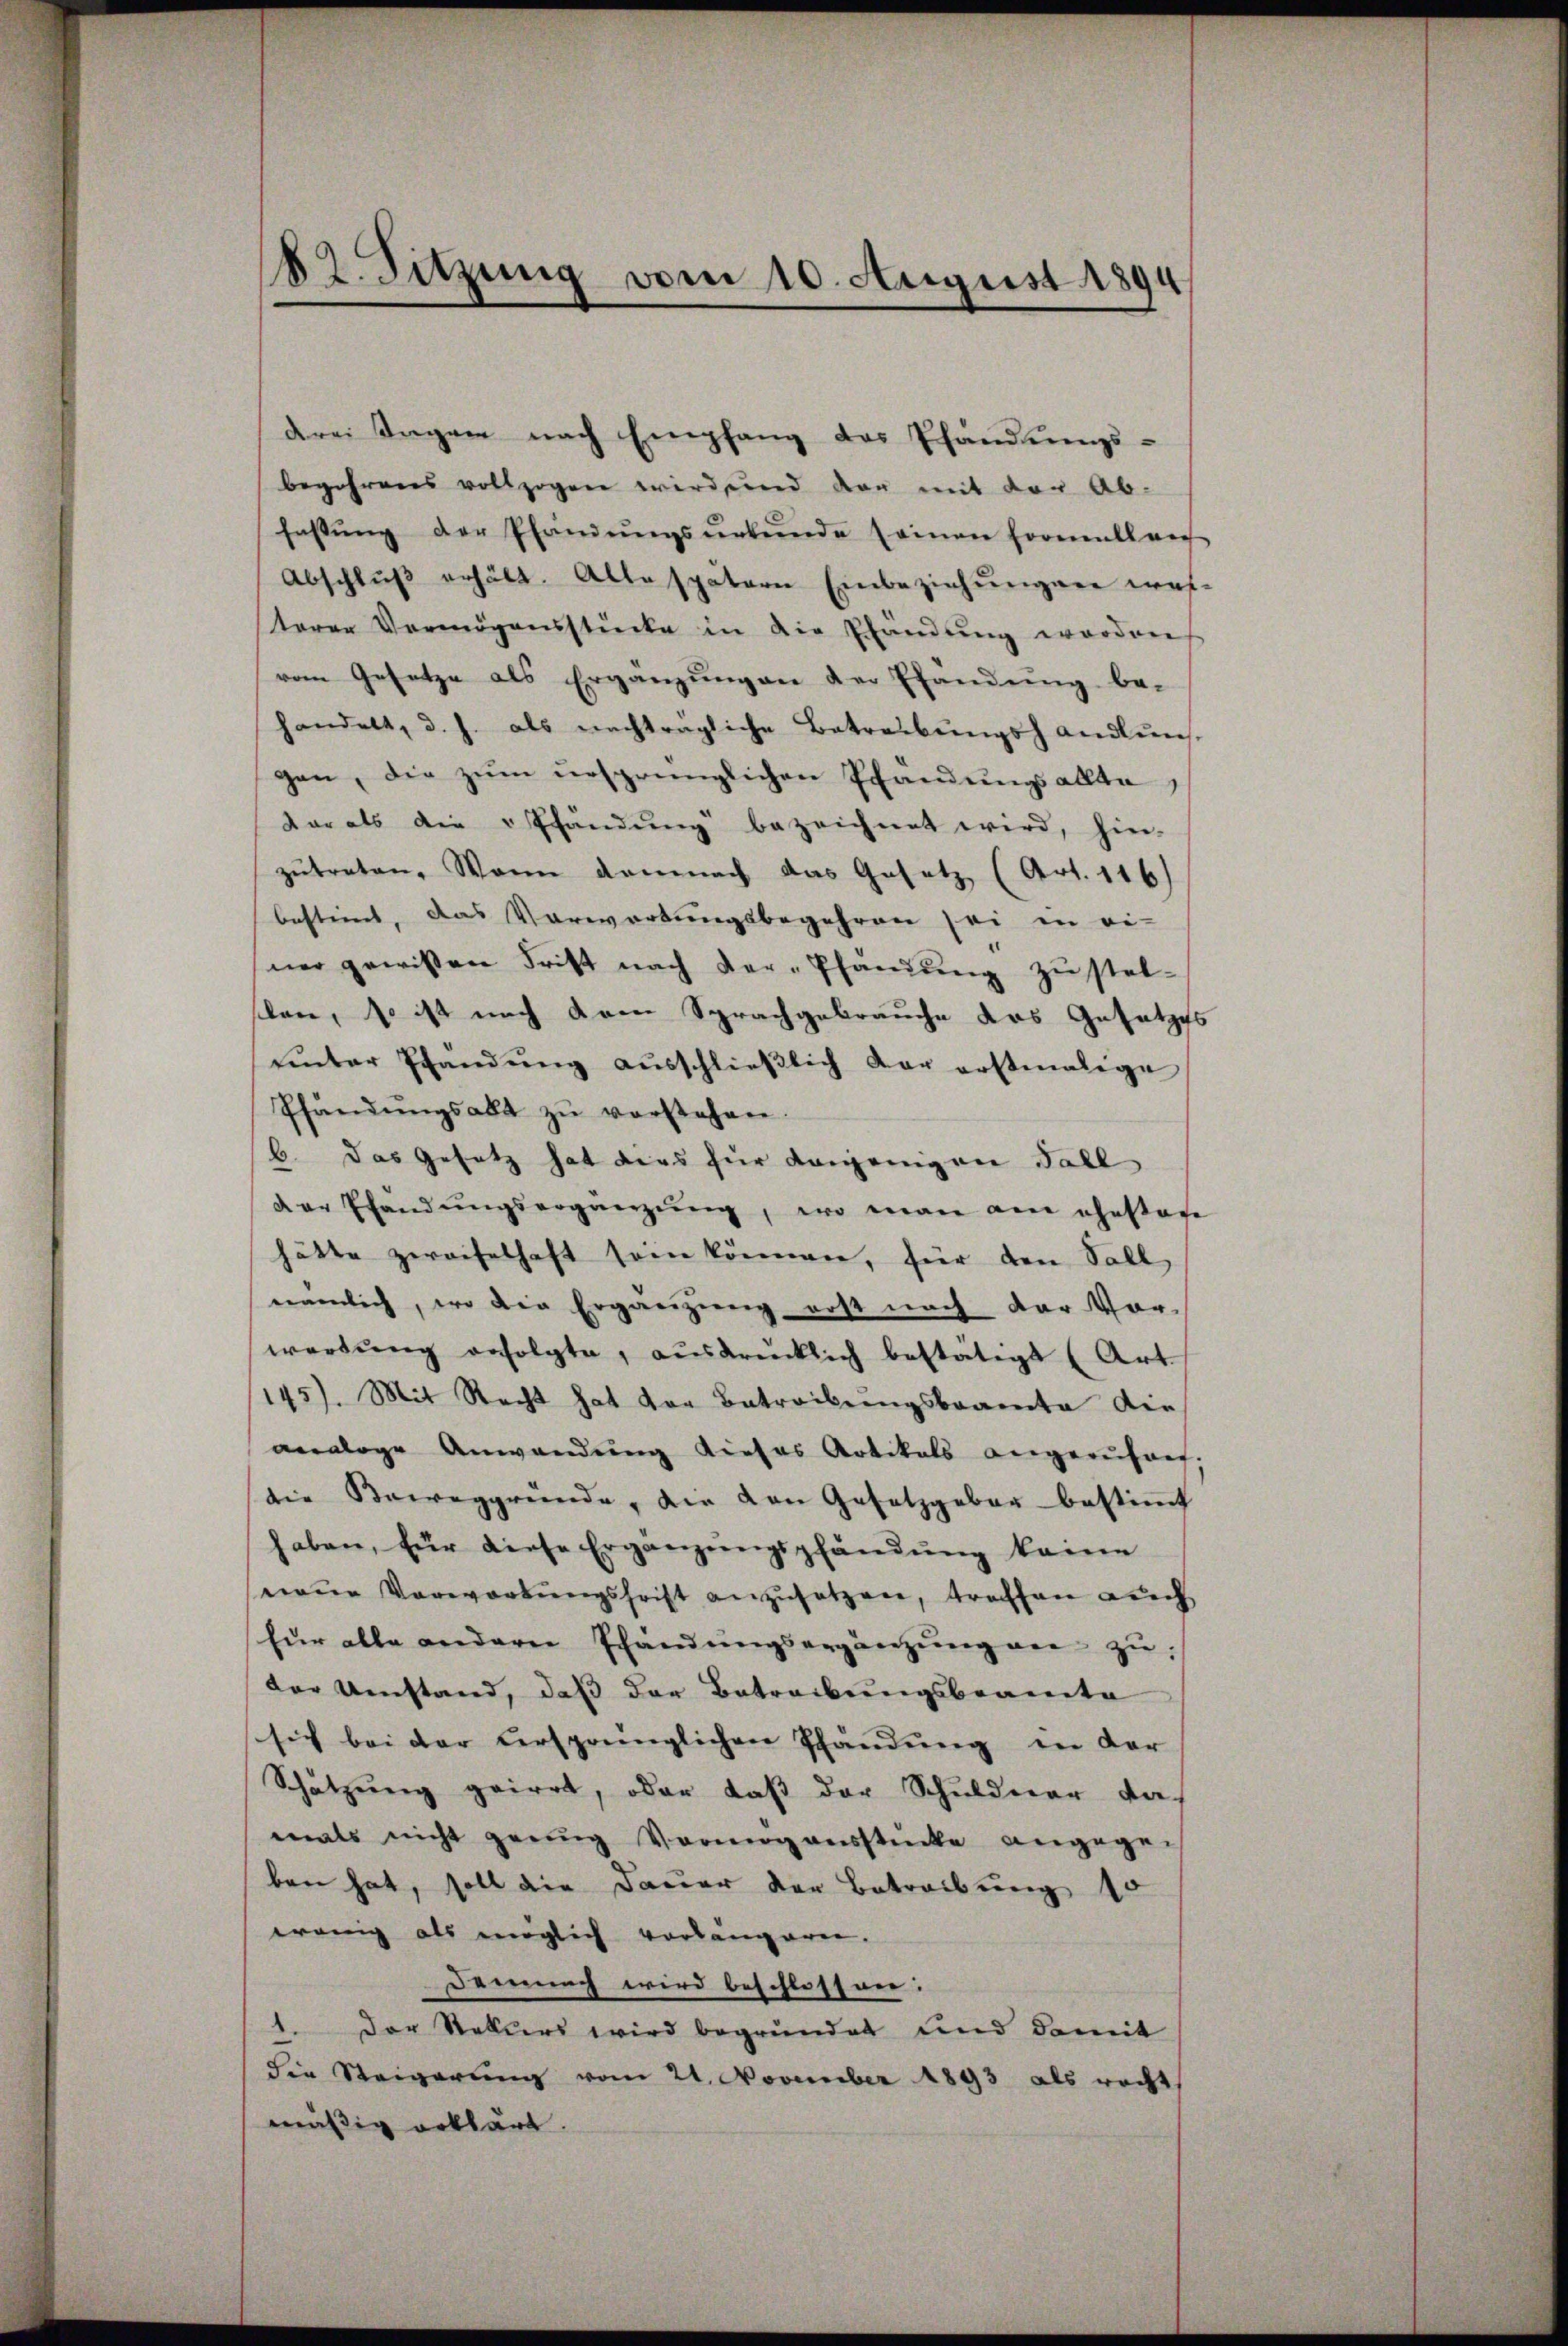
182. Sitzung vom 10. August 1894

drei Tagen nach Empfang des Pfändungs-
begehrens vollzogen wird, und dar mit der Ab-
fassŭng der Pfandŭngsŭrkŭnde seinen formallver
Abschlŭβ erhält. Alle spätern Einbeziehŭngen wes-
terer Vermögensstücke in die Elendŭng worden
vom Gesetze als Ergänzŭngen der Efändung be-
handelt, d. J. als nachträgliche Betreibungshandlung
gen, die zŭm ursprünglichen Pfändungsallte,
dar als die Pfändung bezeichnet wird, hier-
zŭtreten. Wann damnach das Gesetz (Art. 116)
bestimmt, das Vorwartungsbegehren sei in ei-
ner gewissen Frist nach der-Pfandung zustel-
slen, so ist nach dann Sprachgebrauche das Gesetzes
ŭnter Schandŭng aŭsschlieβlich dar erstmalige
Pfändŭngsalt zŭ verstehen.
6. Das Gesetz hat dies für denjenigen Fall
der Pfandŭngsergänzŭng, wo man am ehestage
hätte zweifelhaft sein können, für den Soll
einenlich, wo die Ergänzung erst nach der Vor-
wartŭng erfolgte, aŭsdrücklich bestätigt (Art.
145). Mit Recht hat vor Betreibungsbeamte die
analoge Anwendung dieses Artikals angerufung,
die Beweggründe, die von Gesetzgeber bestiṁt
haben, für diese Ergänzŭngspfändung keine
neue Vorwortungsfrist anzusetzen, traffen auch
für alle andern Pfandŭngsergänzŭng an zu
der Umstand, daß der Betreibungsbeamte
sich bei der versprünglichen Pfändung in der
Schützŭng geirrt, oder daβ der Schuldner da
mals nicht genug Vermögensstücke angegen
ben hat, soll die Dauer der Betreibung 10
wenig als möglich vorlängeren.
Demnach wird beschlossen:
1. Der Staturs wird begründet und damit
die Steigerung vom 21. November 1893 als recht
mäßig erklärt.